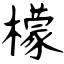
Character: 檬